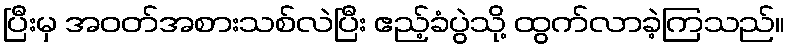
ပြီးမှ အဝတ်အစားသစ်လဲပြီး ဧည့်ခံပွဲသို့ ထွက်လာခဲ့ကြသည်။